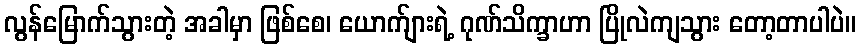
လွန်မြောက်သွားတဲ့ အခါမှာ ဖြစ်စေ၊ ယောက်ျားရဲ့ ဂုဏ်သိက္ခာဟာ ပြိုလဲကျသွား တော့တာပါပဲ။